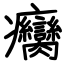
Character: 癵